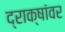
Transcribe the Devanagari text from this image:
द्राक्षांवर